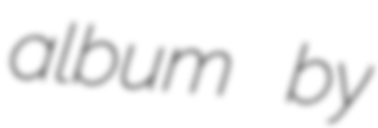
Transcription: album by